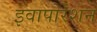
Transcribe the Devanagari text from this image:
इवापोरेशन